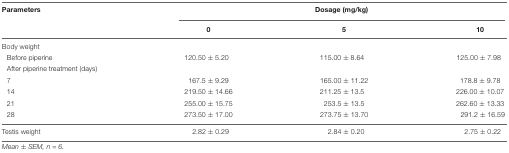
| Parameters | <COLSPAN=3> Dosage (mg/kg) |
 |  | 0 | 5 | 10 |
 | --- | --- | --- | --- |
 | Body weight |  |  |  |
 | Before piperine | 120.50 ± 5.20 | 115.00 ± 8.64 | 125.00 ± 7.98 |
 | After piperine treatment (days) |  |  |  |
 | 7 | 167.5 ± 9.29 | 165.00 ± 11.22 | 178.8 ± 9.78 |
 | 14 | 219.50 ± 14.66 | 211.25 ± 13.5 | 226.00 ± 10.07 |
 | 21 | 255.00 ± 15.75 | 253.5 ± 13.5 | 262.60 ± 13.33 |
 | 28 | 273.50 ± 17.00 | 273.75 ± 13.70 | 291.2 ± 16.59 |
 | Testis weight | 2.82 ± 0.29 | 2.84 ± 0.20 | 2.75 ± 0.22 |